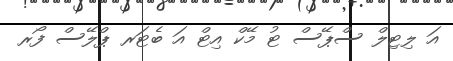
އަ ލިޓިލް ސްޕޭސް ޓު މޭކް އިޓް އަ ބެޓަރ ޕްލޭސް ފޯރ